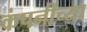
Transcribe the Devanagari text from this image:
कंपनींच्या